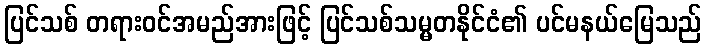
ပြင်သစ် တရားဝင်အမည်အားဖြင့် ပြင်သစ်သမ္မတနိုင်ငံ၏ ပင်မနယ်မြေသည်